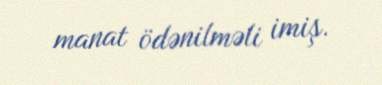
manat ödənilməli imiş.